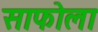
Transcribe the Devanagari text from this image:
साफोला